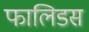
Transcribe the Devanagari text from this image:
फालिडस